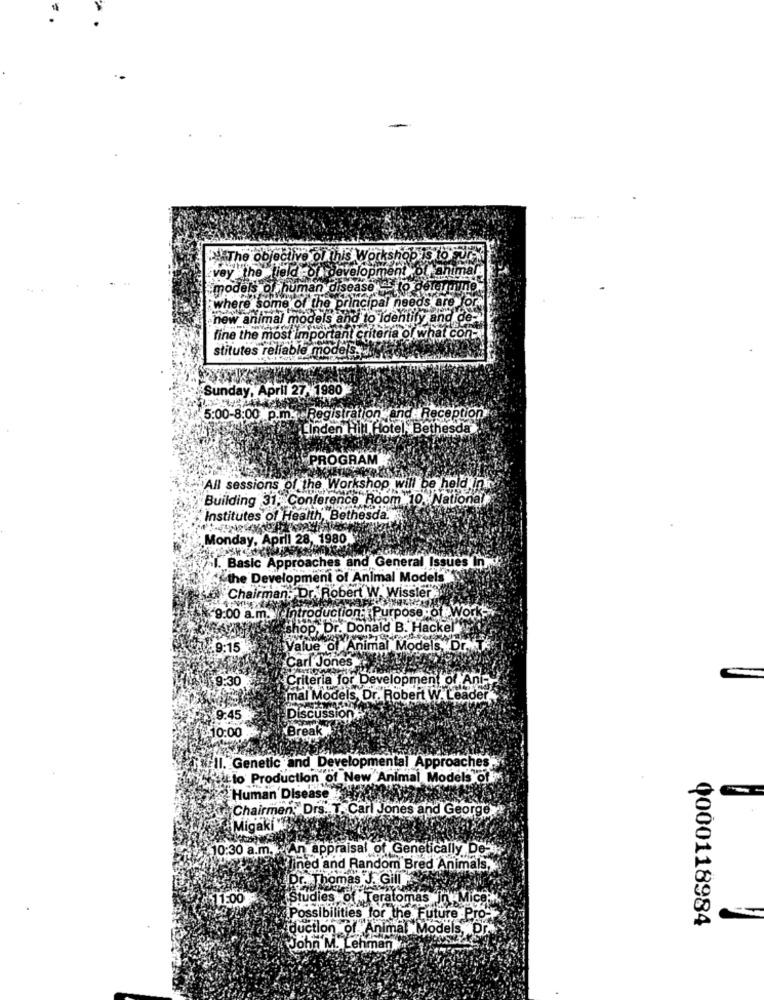
The objective of this Workshop is to Jek
vey the tie
field of development of animals
models of human disease
where some of the principal needs are for
new animal models
hodels and to Identify and de-
fine the most important criteria of what con-
stitutes reliable models ..
Sunday, April 27. 1980
5:00-8:00 p.m. Registration and : Reception
Inden Hill Hotel, Bethesda
PROGRAM
All sessions of the Workshop will be held in
Building 31. Conference Room 10 National
Institutes of Health, Bethesda.
Monday, April 28, 1980
I. Basic Approaches and General Issues In
"the Development of Animal Models
Chairman: Dr. Robert W. Wissler
9:00 a.m. Introduction: Purpose of Work-
shop, Dr. Donald B. Hackel"
9:15
Value of Animal Models, Dr.T
Carl Jones
9:30
Criteria for Development of Ant-
mal Models, Dr. Robert W. Leader
9:45
Discussion
10:00
Break
Il. Genetic and Developmental Approaches
atto Production of New Animal Models of
Human Disease
Chairmen"Drs. T. Carl Jones and George
àMigak
10:30 a.m. An appraisal of Genetically De-il.
Tined and Random Bred Animals,
Dr. Thomas J. Gill
11:00
Studies of Teratomas in Mice
Possibilities for the Future Pro-T
0000118984
duction of Aninfel
f.Animal Models, Dr.
John M. Lehman